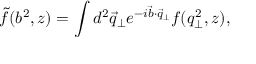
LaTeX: \tilde { f } ( b ^ { 2 } , z ) = \int d ^ { 2 } \vec { q } _ { \bot } e ^ { - i \vec { b } \cdot \vec { q } _ { \bot } } f ( q _ { \bot } ^ { 2 } , z ) ,